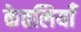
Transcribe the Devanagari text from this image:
केतलियाँ